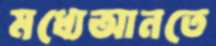
মধ্যেআনতে